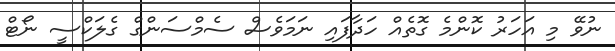
ނުވޭ މި އަހަރު ކޮންމެ ގޮތެއް ހަދާފައި ނަމަވެސް ސެމްސަންގް ގެލަކްސީ ނޯޓް